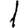
Digit: 1